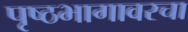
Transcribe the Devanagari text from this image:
पृष्ठभागावरचा